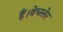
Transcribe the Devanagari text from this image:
हैं।वेच्स्लेर